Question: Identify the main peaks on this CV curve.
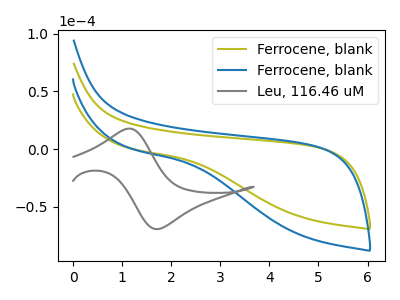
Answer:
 <answer>The olive curve "Ferrocene, blank" has no peaks. The blue curve "Ferrocene, blank" has no peaks. The gray curve "Leu, 116.46 uM" has an anodic peak at (1.15V, 17.70uA) and a cathodic peak at (1.75V, -69.35uA).</answer>
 <eval></eval>